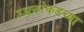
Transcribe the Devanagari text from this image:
उअत्तरेकडच्या